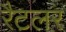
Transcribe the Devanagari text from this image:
रैटलर